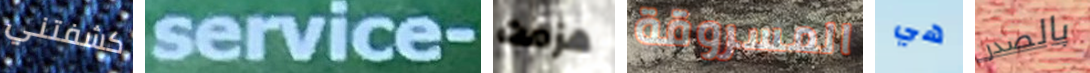
كشفتني service- هزمت المسروقة هي بالصدر